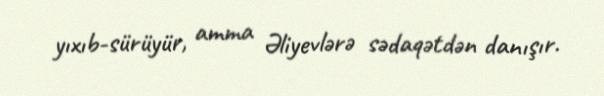
yıxıb-sürüyür, amma Əliyevlərə sədaqətdən danışır.